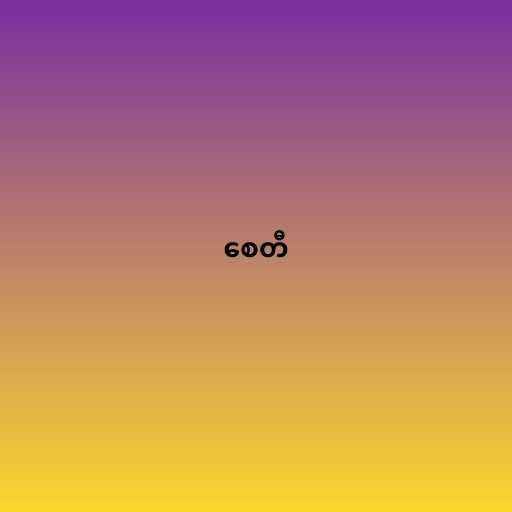
စေတီ